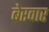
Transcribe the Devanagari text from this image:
बेरवार